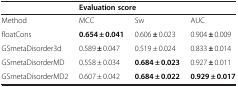
|  | <COLSPAN=3> Evaluation score |
 | --- | --- | --- | --- |
 | Method | MCC | Sw | AUC |
 | floatCons | 0.654 ± 0.041 | 0.606 ± 0.023 | 0.904 ± 0.009 |
 | GSmetaDisorder3d | 0.589 ± 0.047 | 0.519 ± 0.024 | 0.833 ± 0.014 |
 | GSmetaDisorderMD | 0.558 ± 0.034 | 0.684 ± 0.023 | 0.927 ± 0.011 |
 | GSmetaDisorderMD2 | 0.607 ± 0.042 | 0.684 ± 0.022 | 0.929 ± 0.017 |